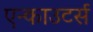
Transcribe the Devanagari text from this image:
एन्काउटर्स